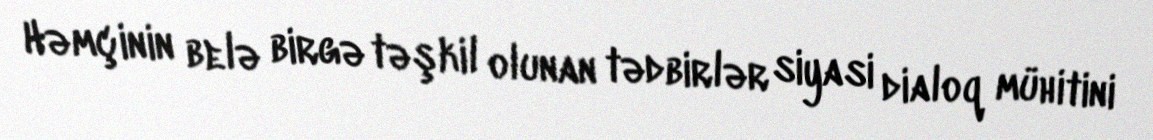
Həmçinin belə birgə təşkil olunan tədbirlər siyasi dialoq mühitini